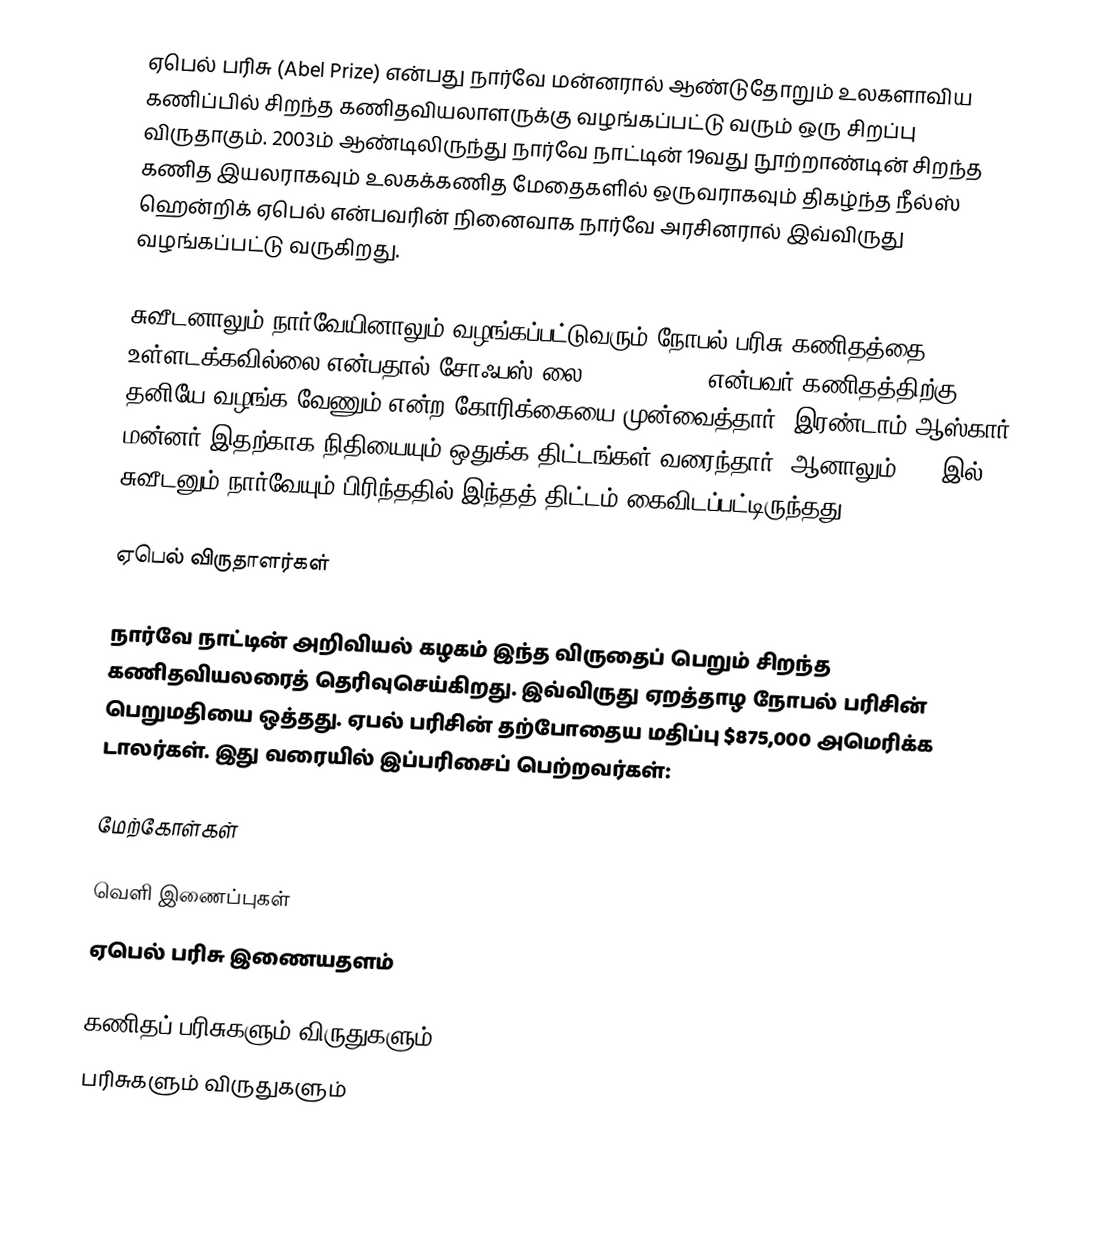
ஏபெல் பரிசு (Abel Prize) என்பது நார்வே மன்னரால் ஆண்டுதோறும் உலகளாவிய கணிப்பில் சிறந்த கணிதவியலாளருக்கு வழங்கப்பட்டு வரும் ஒரு சிறப்பு விருதாகும். 2003ம் ஆண்டிலிருந்து நார்வே நாட்டின் 19வது நூற்றாண்டின் சிறந்த கணித இயலராகவும் உலகக்கணித மேதைகளில் ஒருவராகவும் திகழ்ந்த நீல்ஸ் ஹென்றிக் ஏபெல் என்பவரின் நினைவாக நார்வே அரசினரால் இவ்விருது வழங்கப்பட்டு வருகிறது.

சுவீடனாலும் நார்வேயினாலும் வழங்கப்பட்டுவரும் நோபல் பரிசு கணிதத்தை உள்ளடக்கவில்லை என்பதால் சோஃபஸ் லை (Sophus Lie) என்பவர் கணிதத்திற்கு தனியே வழங்க வேணும் என்ற கோரிக்கையை முன்வைத்தார். இரண்டாம் ஆஸ்கார் மன்னர் இதற்காக நிதியையும் ஒதுக்க திட்டங்கள் வரைந்தார். ஆனாலும் 1905இல் சுவீடனும் நார்வேயும் பிரிந்ததில் இந்தத் திட்டம் கைவிடப்பட்டிருந்தது.

ஏபெல் விருதாளர்கள்

நார்வே நாட்டின் அறிவியல் கழகம்  இந்த விருதைப் பெறும் சிறந்த கணிதவியலரைத் தெரிவுசெய்கிறது. இவ்விருது ஏறத்தாழ நோபல் பரிசின் பெறுமதியை ஒத்தது. ஏபல் பரிசின் தற்போதைய மதிப்பு $875,000 அமெரிக்க டாலர்கள். இது வரையில் இப்பரிசைப் பெற்றவர்கள்:

மேற்கோள்கள்

வெளி இணைப்புகள்
 ஏபெல் பரிசு இணையதளம்

கணிதப் பரிசுகளும் விருதுகளும்
பரிசுகளும் விருதுகளும்